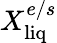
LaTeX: X_{\mathrm{liq}}^{e/s}